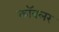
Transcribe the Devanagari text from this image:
कॉबलर